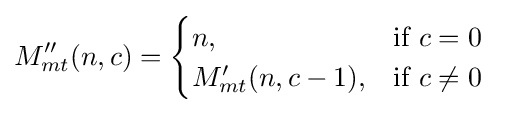
M_{mt}''(n,c)={\begin{cases}n,&{\mbox{if }}c=0{\mbox{ }}\\M_{mt}'(n,c-1),&{\mbox{if }}c\neq 0{\mbox{ }}\end{cases}}